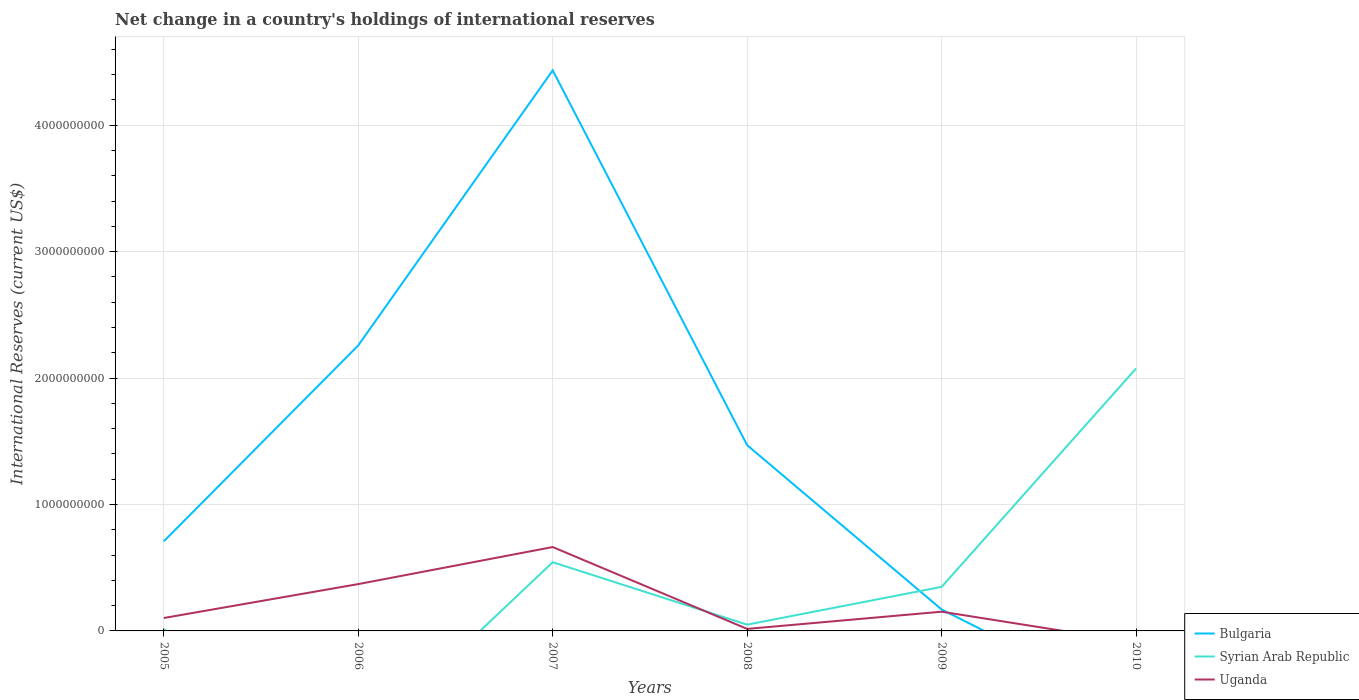
| Years | Bulgaria | Syrian Arab Republic | Uganda |
 | --- | --- | --- | --- |
 | 2005 | 7.09e+08 | 1.4e+07 | 1.02e+08 |
 | 2006 | 2.26e+09 | -9.12e+08 | 3.7e+08 |
 | 2007 | 4.43e+09 | 5.44e+08 | 6.64e+08 |
 | 2008 | 1.47e+09 | 4.96e+07 | 1.59e+07 |
 | 2009 | 1.69e+08 | 3.48e+08 | 1.52e+08 |
 | 2010 | -6.04e+08 | 2.08e+09 | -9.13e+07 |